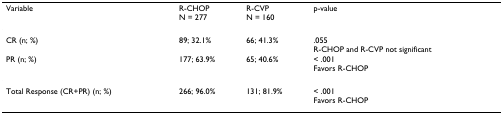
| Variable | R-CHOPN = 277 | R-CVPN = 160 | p-value |
 | --- | --- | --- | --- |
 | CR (n; %) | 89; 32.1% | 66; 41.3% | .055R-CHOP and R-CVP not significant |
 | PR (n; %) | 177; 63.9% | 65; 40.6% | < .001Favors R-CHOP |
 | Total Response (CR+PR) (n; %) | 266; 96.0% | 131; 81.9% | < .001Favors R-CHOP |